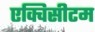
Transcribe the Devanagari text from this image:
एक्विसीटम